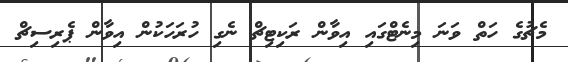
މެޗުގެ ހަތް ވަނަ މިނެޓްގައި އިވާން ރަކިޓިޗް ނެގި ހުރަހަކުން އިވާން ޕެރިސިޗް